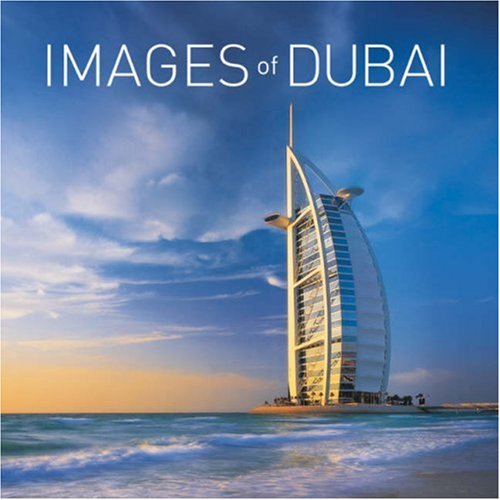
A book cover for Images of Dubai & the UAE; Explorer Publishing; Travel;